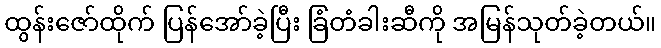
ထွန်းဇော်ထိုက် ပြန်အော်ခဲ့ပြီး ခြံတံခါးဆီကို အမြန်သုတ်ခဲ့တယ်။